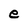
Character: e